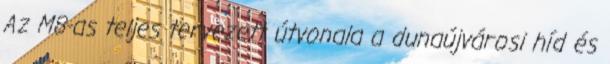
Az M8-as teljes tervezett útvonala a dunaújvárosi híd és